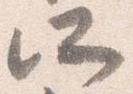
所